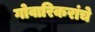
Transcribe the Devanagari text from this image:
गोवारिकरांचे